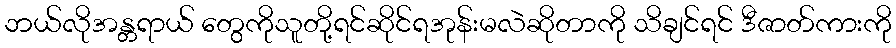
ဘယ်လိုအန္တရာယ် တွေကိုသူတို့ရင်ဆိုင်ရအုန်းမလဲဆိုတာကို သိချင်ရင် ဒီဇာတ်ကားကို